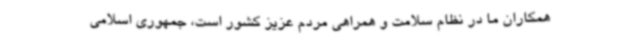
همکاران ما در نظام سلامت و همراهی مردم عزیز کشور است، جمهوری اسلامی